Jaan_Tonisson_(Lasteleht), lk 133
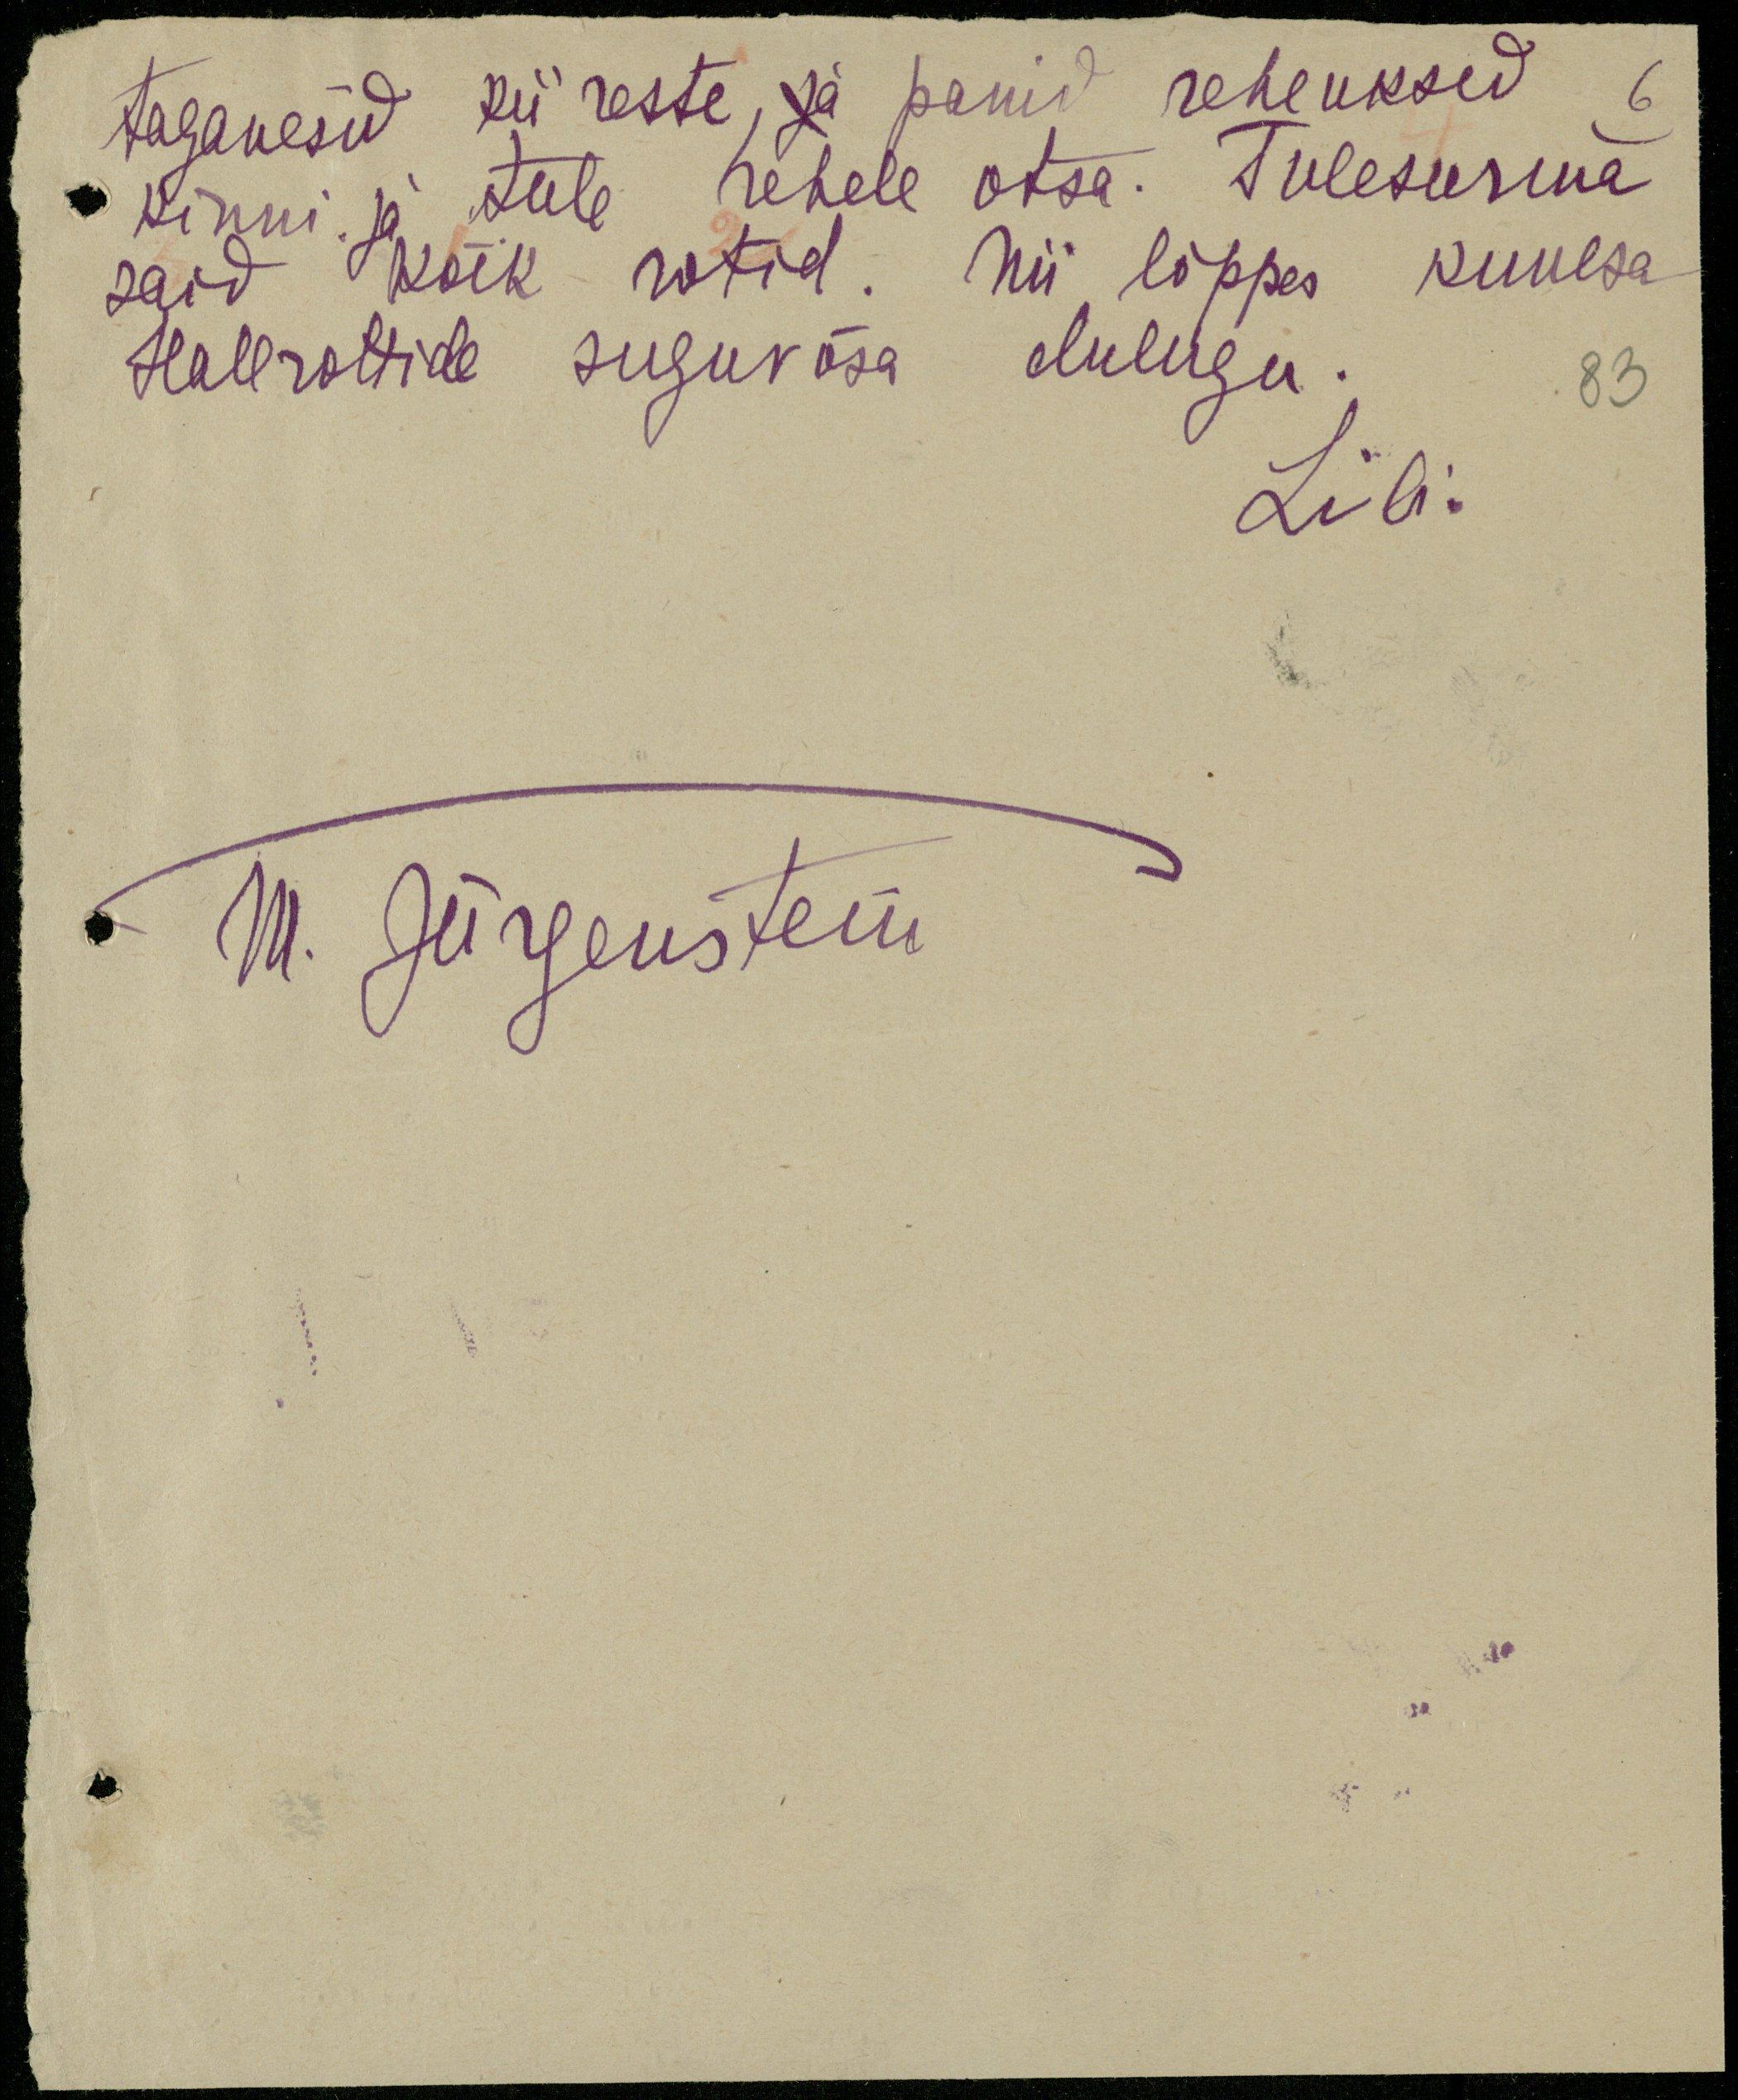
taganesid kiireste, ja panid reheuksed 6
kinni ja tule rehele otsa. Tulesurma
said kõik rotid. Nii lõppes kuulsa
Hallrottide suguvõsa elulugu.
83
Lili.
M. Jürgenstein